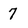
Character: 7